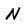
Character: N